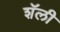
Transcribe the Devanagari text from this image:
शॅली